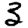
Digit: 3